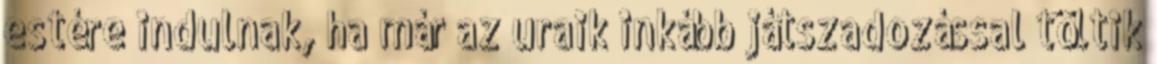
estére indulnak, ha már az uraik inkább játszadozással töltik